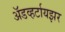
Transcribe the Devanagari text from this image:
अॅडव्हर्टायझर